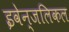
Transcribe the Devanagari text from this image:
इवेन्जलिकल